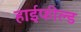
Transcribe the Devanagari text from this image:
हाईफील्ड